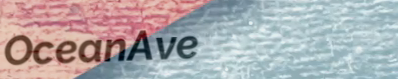
OceanAve